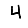
Digit: 4